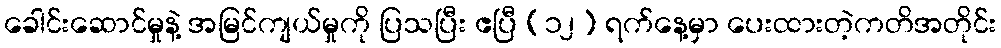
ခေါင်းဆောင်မှုနဲ့ အမြင်ကျယ်မှုကို ပြသပြီး ဧပြီ (၁၂) ရက်နေ့မှာ ပေးထားတဲ့ကတိအတိုင်း